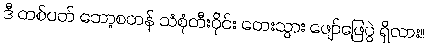
ဒီ တစ်ပတ် ဘော့စတန် သံစုံတီးဝိုင်း တေးသွား ဖျော်ဖြေပွဲ ရှိလား။